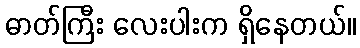
ဓာတ်ကြီး လေးပါးက ရှိနေတယ်။